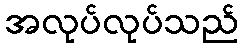
အလုပ်လုပ်သည်